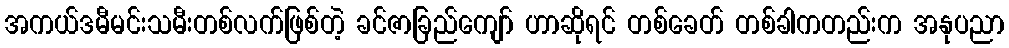
အကယ်ဒမီမင်းသမီးတစ်လက်ဖြစ်တဲ့ ခင်ဇာခြည်ကျော် ဟာဆိုရင် တစ်ခေတ် တစ်ခါကတည်းက အနုပညာ